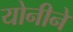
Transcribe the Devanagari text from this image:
योनीने